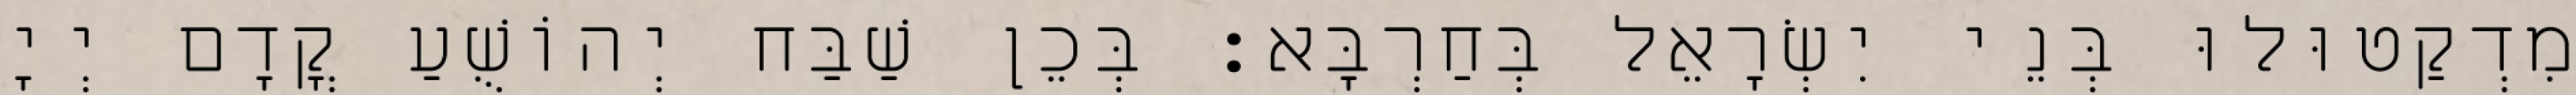
מִדְקַטוּלוּ בְּנֵי יִשְׂרָאֵל בְּחַרְבָּא׃ בְּכֵן שַׁבַּח יְהוֹשֻׁעַ קֳדָם יְיָ